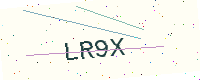
Text: LR9X